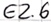
Text: E2.6